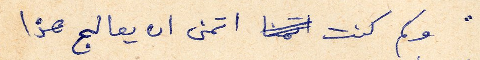
وكم كنت اتمنى ان يعالج هذا